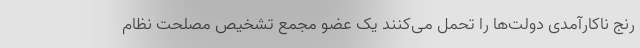
رنج ناکارآمدی دولت‌ها را تحمل می‌کنند یک عضو مجمع تشخیص مصلحت نظام